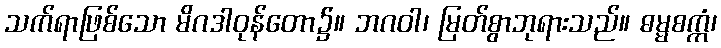
သက်ရာဖြစ်သော မိဂဒါဝုန်တော၌။ ဘဂဝါ၊ မြတ်စွာဘုရားသည်။ ဓမ္မစက္ကံ၊